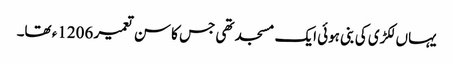
یہاں لکڑی کی بنی ہوئی ایک مسجد تھی جس کا سن تعمیر 1206ء تھا۔